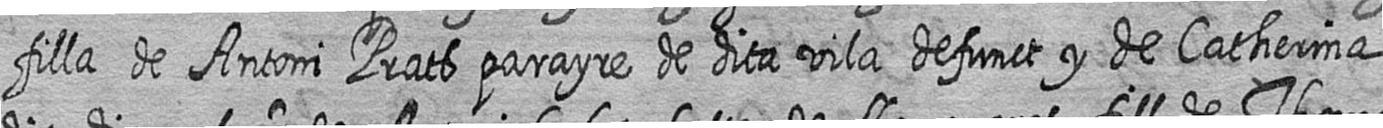
filla de Antoni Prats parayre de dita vila defunct y de Catherina